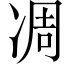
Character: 凋